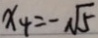
x _ { 4 } = - \sqrt { 5 }